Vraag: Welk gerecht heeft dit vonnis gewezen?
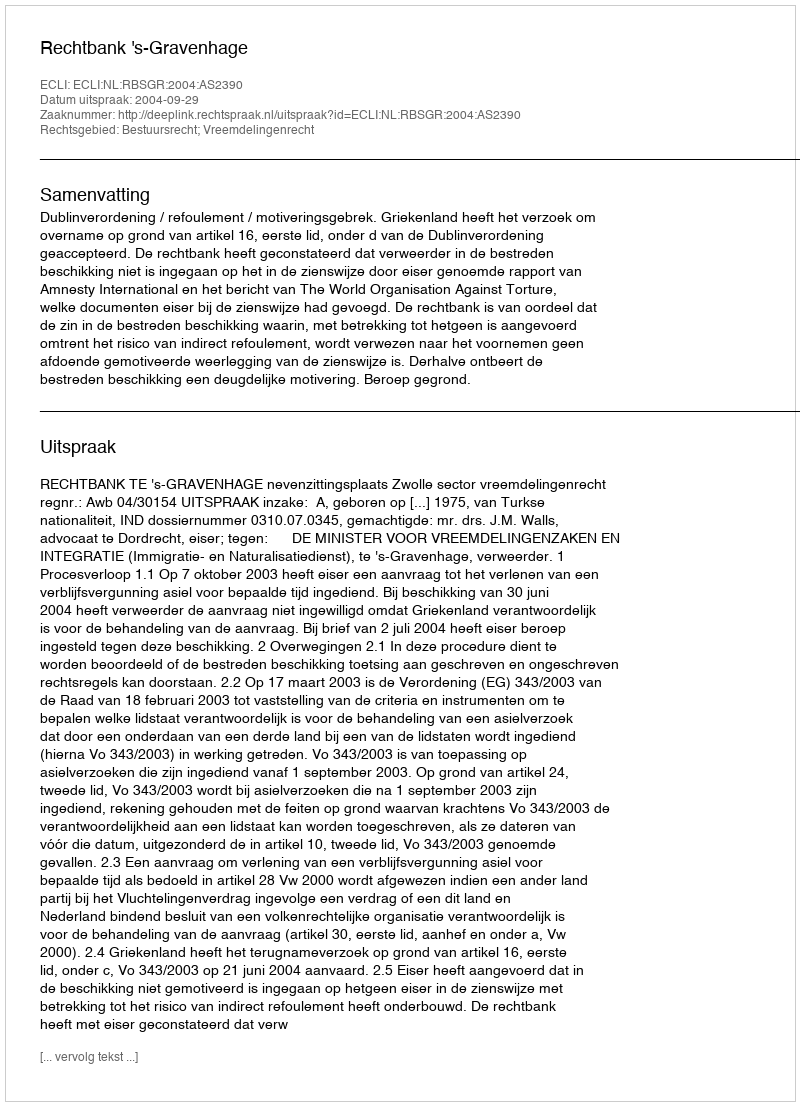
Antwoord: Rechtbank 's-Gravenhage